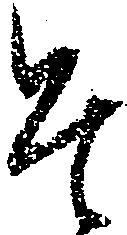
そ